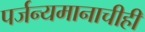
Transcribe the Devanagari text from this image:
पर्जन्यमानाचीही